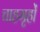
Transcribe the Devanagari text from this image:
चाहगृहों